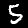
Digit: 5